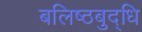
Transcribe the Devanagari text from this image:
बलिष्ठबुद्धि